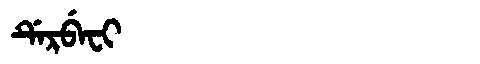
Manchu: ᡩᡝᡵᠪᡝᠸᡳ
Romanization: DERBEFI